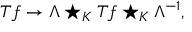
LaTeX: T f \rightarrow \Lambda \star _ { K } T f \star _ { K } \Lambda ^ { - 1 } ,